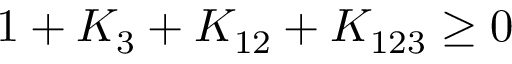
1 + K _ { 3 } + K _ { 1 2 } + K _ { 1 2 3 } \ge 0